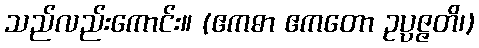
သည်လည်းကောင်း။ (ဧကဓာ ဧကတော ဥပ္ပဇ္ဇတိ၊)